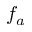
f _ { a }